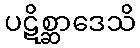
ပဋိစ္ဆာဒေသိ